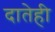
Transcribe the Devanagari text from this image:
दातेही